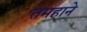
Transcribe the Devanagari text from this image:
तमहाने